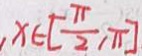
x \in [ \frac { \pi } { 2 } , \pi ]